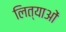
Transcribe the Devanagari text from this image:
लित्याओं